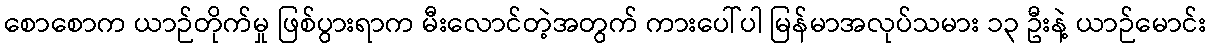
စောစောက ယာဉ်တိုက်မှု ဖြစ်ပွားရာက မီးလောင်တဲ့အတွက် ကားပေါ်ပါ မြန်မာအလုပ်သမား ၁၃ ဦးနဲ့ ယာဉ်မောင်း